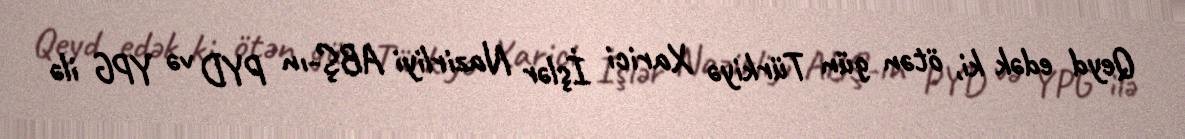
Qeyd edək ki, ötən gün Türkiyə Xarici İşlər Nazirliyi ABŞ-ın PYD və YPG ilə